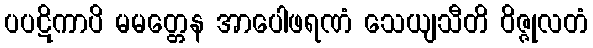
ပပဋိကာပိ မမတ္တေန အာပေါဖရဏံ သေယျသီတိ ဝိဇ္ဇုလတံ